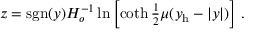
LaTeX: z = \mathrm { s g n } ( y ) H _ { o } ^ { - 1 } \ln \left[ \coth { \textstyle { \frac { 1 } { 2 } } } \mu ( y _ { \mathrm { h } } - | y | ) \right] \, .